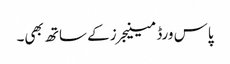
پاس ورڈ مینیجرز کے ساتھ بھی۔